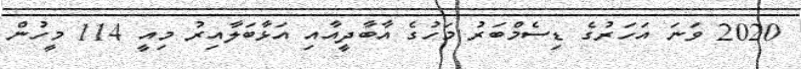
2020 ވަނަ އަހަރުގެ ޑިސެމްބަރު މަހުގެ އާބާދީއާއި އަޅާބަލާއިރު މިއީ 114 މީހުން